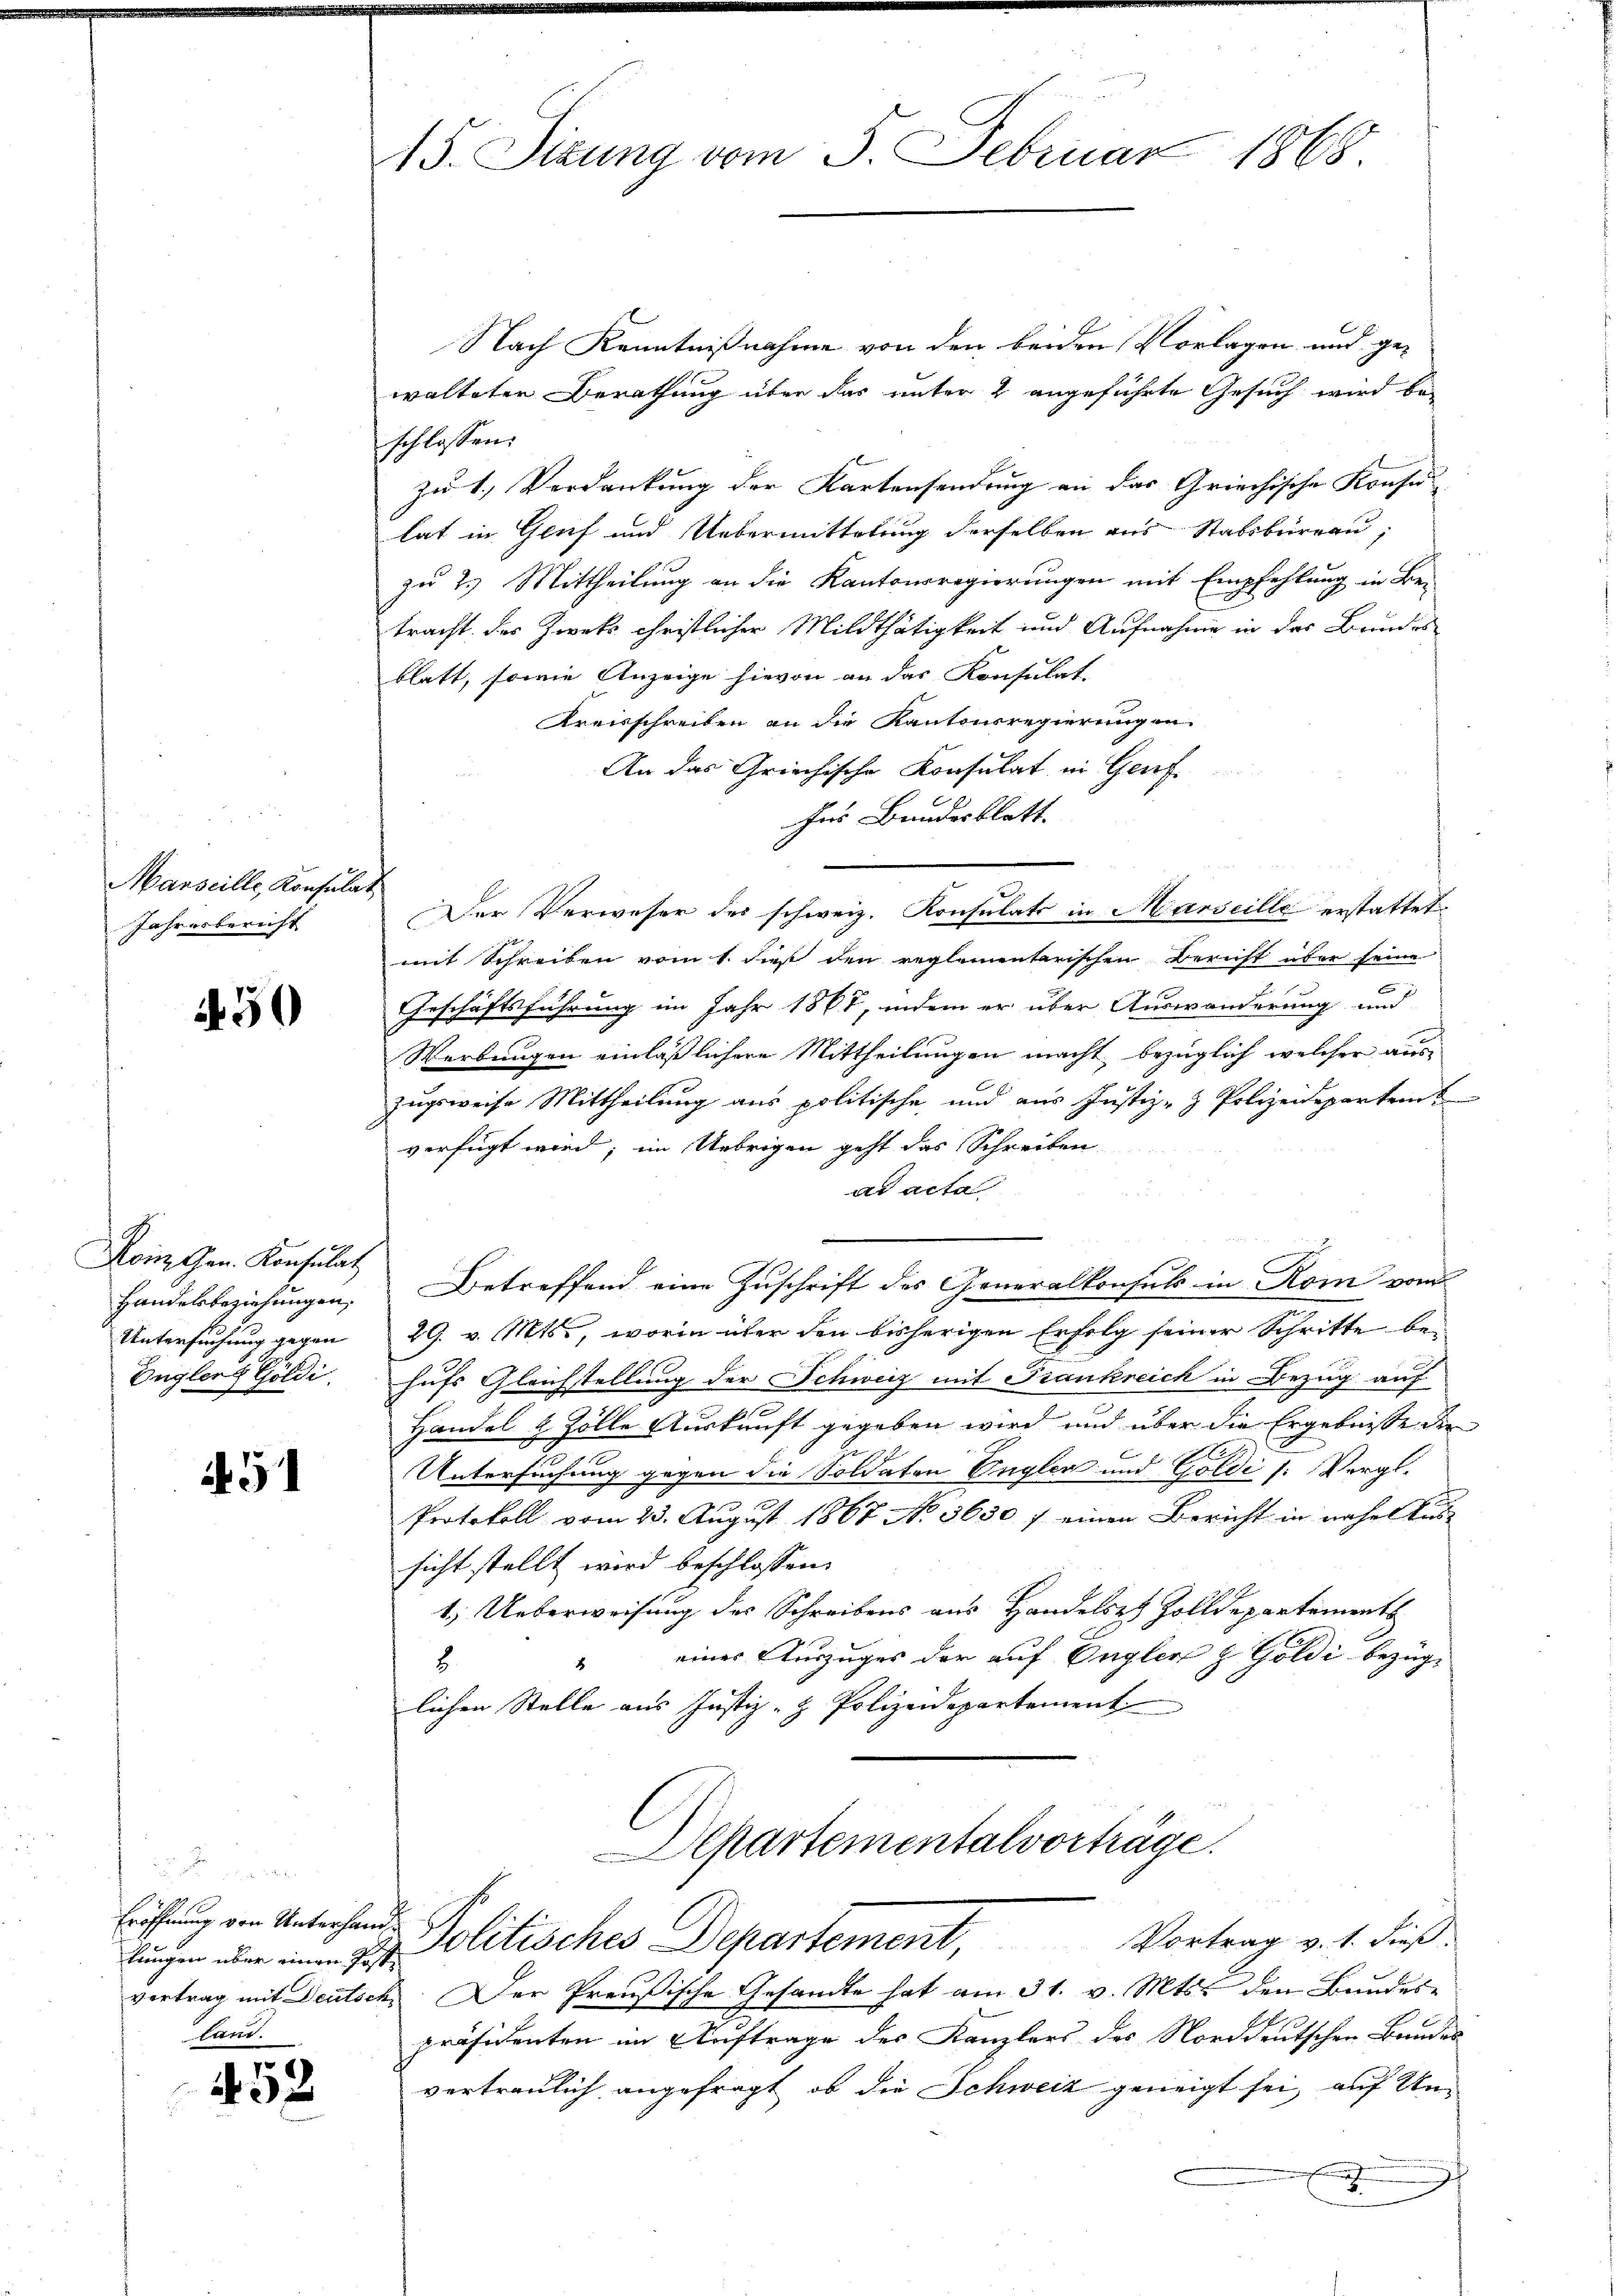
Marseille, Konsulat
Jahresbericht

30

Ron Gen. Konsulat
Handelsbeziehungen,
Untersuchung gegen
Engleng Göldi

5

452

15. Sizung vom 5. Februar 1868.

Nach Kenntnißnahme von den beiden Vorlagen und gewalteten Berathung über das unter 2 angeführte Gesuch wird beschlossen:
zu 1., Verdankung der Kartensendung an das Griechische Konsu
lat in Genf und Uebermittelung derselben aus Stabsburgau,
zu 2. Mittheilung an die Kantonsregierungen mit Empfehlung in Be-
tracht der Zwek christlicher Mildthätigkeit und Aufnahme in der Bundes
blatt, sowie Anzeige hievon an das Konsulat
Kreisschreiben an die Kantonsregierungen
An das Griechische Konsulat in Genf.
Ins Bundesblatt.
mit Schreiben vom 1. dieß den reglementarischen Bericht über seine
Geschäftsführung im Jahr 1867, indem er über Auswanderung und
Werbungen einläßlichere Mittheilungen macht bezüglich welcher auszugsweise Mittheilung aus politische und aus Justiz- & Polizeideparten
verfügt wird; im Uebrigen geht das Schreiben
ad acta
Betreffend eine Zuschrift des Generalkonsuls in Rom vom
29. v. Mts., worin über den bisherigen Erfolg seiner Schritte be-
hufs Gleichstellung der Schweiz mit Frankreich in Bezug auf
Handel & Zolle Auskunft gegeben wird und über die Ergebnisse der
Untersuchung gegen die Soldaten Unglen und Goldi (: Vergl.
Protokoll vom 23. August 1867 No 3650 f einen Bericht in nahel Aus-
sicht stellt wird beschlossen:
1.) Ueberweisung des Schreibens aus Handelst Zolldepartements
einer Auszuges der auf Engler z Goldi bezüg-
8
8
lichen Stelle aus Justiz- & Polizeidepartement
Aepartementalvorträge.

Eröffnung von Unterhandlungen über einen Post
land.

Der Verweser des schweiz. Konsulats in Marseille erstattet.

Politisches Departement, Vortrag v. 1. dieß.

vertrag mit Deutsch. Der Preußische Gesandte hat am 31. v. Mts. den Bundes-
präsidenten im Auftrage des Kanzlers des Norddeutschen Bundes
vertraulich angefragt, ob die Schweiz geneigt sei, auf Un¬
.